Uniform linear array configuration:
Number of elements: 8
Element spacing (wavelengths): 0.75
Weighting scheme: hann
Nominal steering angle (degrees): -15
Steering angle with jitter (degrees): -14.575
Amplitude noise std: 0.05
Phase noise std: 0.05

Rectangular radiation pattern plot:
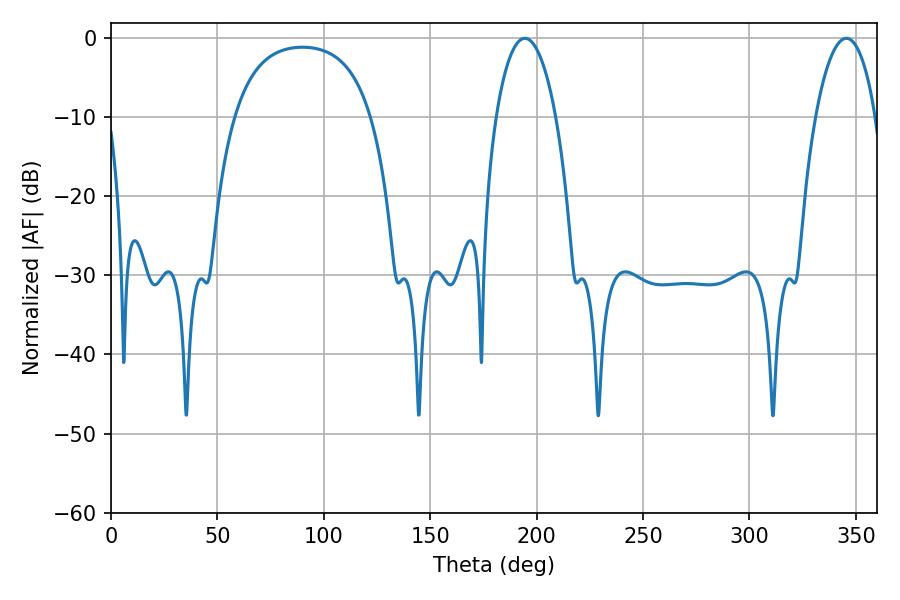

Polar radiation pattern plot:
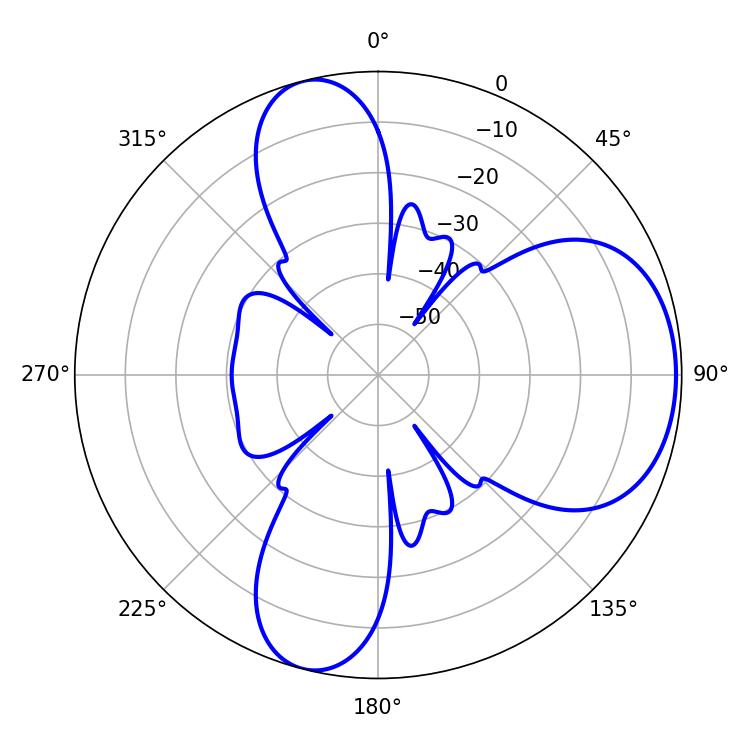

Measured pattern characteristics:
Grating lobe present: TRUE
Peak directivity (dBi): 6.791
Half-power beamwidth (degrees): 15.84
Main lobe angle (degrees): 194.4